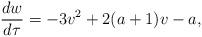
LaTeX: \begin{align*}\frac{dw}{d\tau}= -3v^2 +2(a+1)v-a,\end{align*}